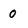
Character: 0